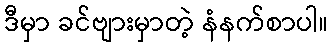
ဒီမှာ ခင်ဗျားမှာတဲ့ နံနက်စာပါ။